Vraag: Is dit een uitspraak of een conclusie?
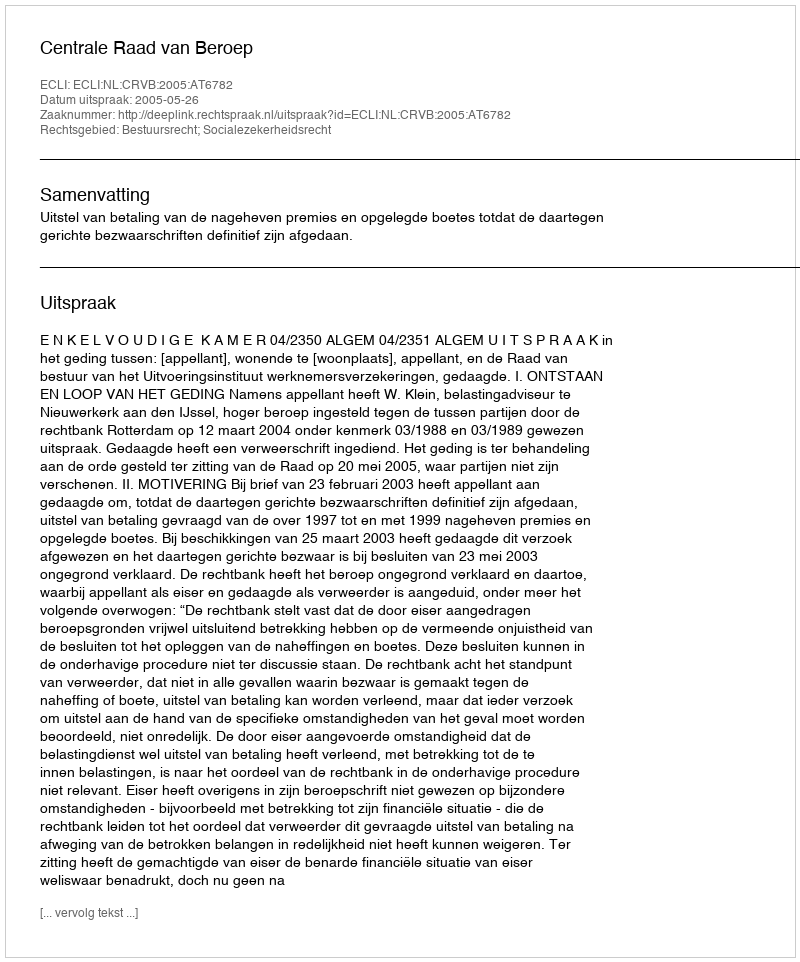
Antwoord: Uitspraak